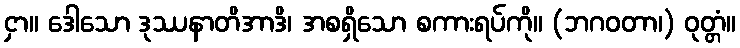
ငှာ။ ဒေါသော ဒုဿနာတိအာဒိ၊ အစရှိသော စကားရပ်ကို။ (ဘဂဝတာ၊) ဝုတ္တံ။